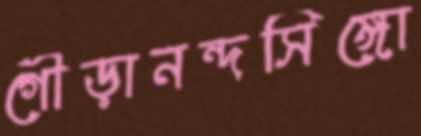
গৌড়ানন্দসিঙ্গো